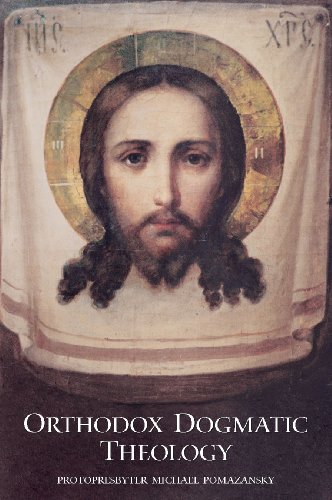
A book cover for Orthodox Dogmatic Theology: A Concise Exposition; Michael Pomazansky; Christian Books & Bibles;